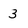
Character: 3